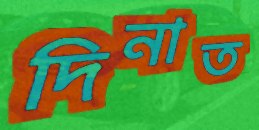
দিনাত